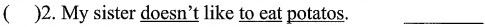
2. My sister \underline{doesn't} like \underline{to eat} \underline{potatos}.___